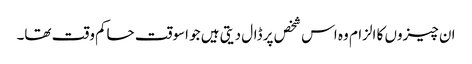
ان چیزوں کا الزام وہ اس شخص پر ڈال دیتی ہیں‌ جو اسوقت حاکم وقت تھا۔